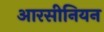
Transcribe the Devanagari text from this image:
आरसीनियन